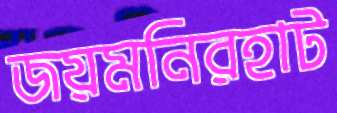
জয়মনিরহাট